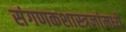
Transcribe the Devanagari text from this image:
संगणकशास्त्रज्ञांमध्ये